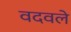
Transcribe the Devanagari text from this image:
वदवले